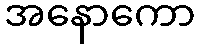
အနောကော